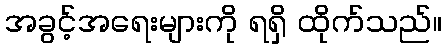
အခွင့်အရေးများကို ရရှိ ထိုက်သည်။